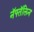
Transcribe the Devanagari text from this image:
नॅफ्तॅलिन